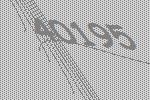
40195